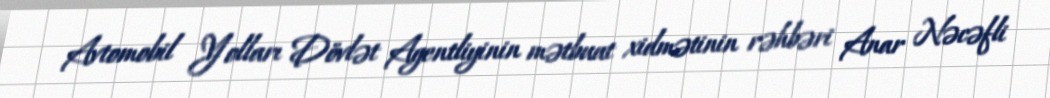
Avtomobil Yolları Dövlət Agentliyinin mətbuat xidmətinin rəhbəri Anar Nəcəfli